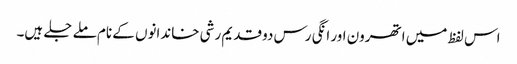
اس لفظ میں اتھرون اور انگی رس دو قدیم رشی خاندانوں کے نام ملے جلے ہیں۔